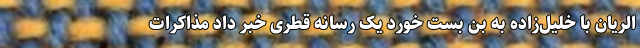
الریان با خلیل‌زاده به بن بست خورد یک رسانه قطری خبر داد مذاکرات